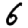
Digit: 6